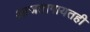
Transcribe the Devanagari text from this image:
आजतागायतही